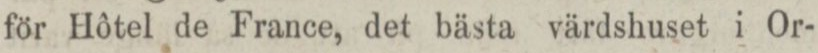
för Hôtel de France, det bästa värdshuset i Or-